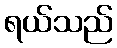
ရယ်သည်